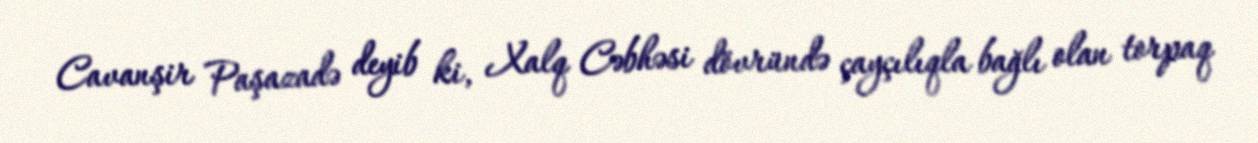
Cavanşir Paşazadə deyib ki, Xalq Cəbhəsi dövründə çayçılıqla bağlı olan torpaq